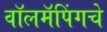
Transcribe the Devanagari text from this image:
वॉलमॅपिंगचे